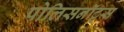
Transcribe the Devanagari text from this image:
पोलिसनॉट्स